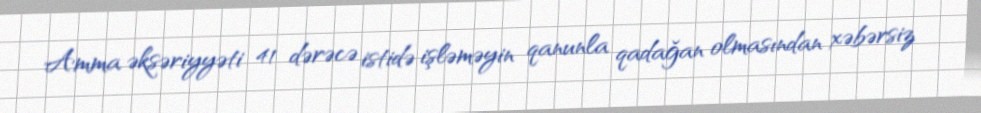
Amma əksəriyyəti 41 dərəcə istidə işləməyin qanunla qadağan olmasından xəbərsiz